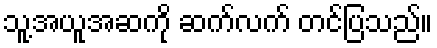
သူ့အယူအဆကို ဆက်လက် တင်ပြသည်။